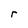
Character: r